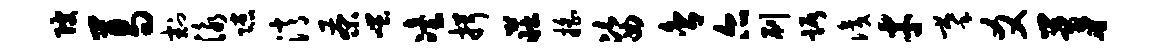
陂葛割泳隙消茶嗤冶揖庄摇姿舍尔刷踞识才摹爻茅